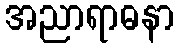
အညာရာဓနာ